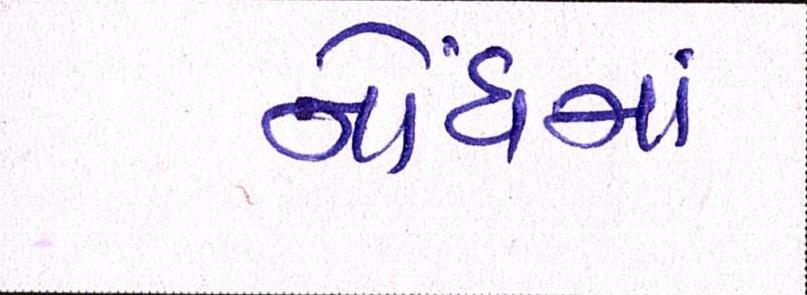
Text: નોંધમાં